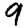
Digit: 9